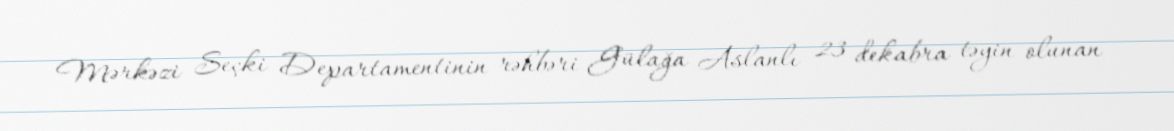
Mərkəzi Seçki Departamentinin rəhbəri Gülağa Aslanlı 23 dekabra təyin olunan